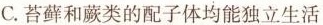
C.苔藓和蕨类的配子体均能独立生活